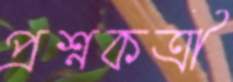
প্রশ্নকর্ত্রী